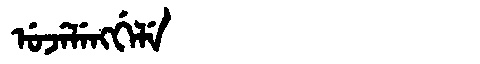
Manchu: ᡠᠵᡝᠯᡝᠩᡤᡝᠯᡝ
Romanization: UJELENGGELE